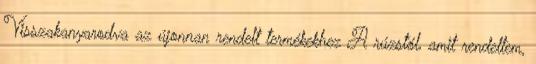
Visszakanyarodva az újonnan rendelt termékekhez A rúzstól, amit rendeltem,